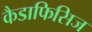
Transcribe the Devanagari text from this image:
कैडाफिसिज